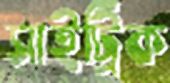
সাইট্রিক